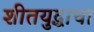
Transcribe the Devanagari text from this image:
शीतयुद्धाचा